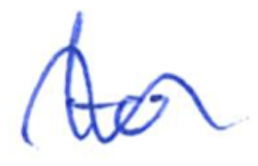
Text: to
Cross-out: wave
Writing tool: ballpoint